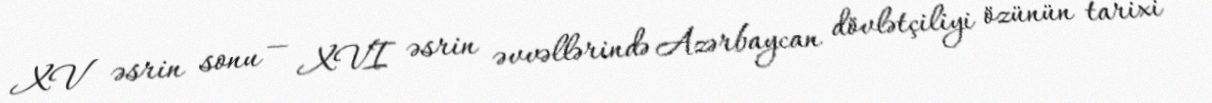
XV əsrin sonu — XVI əsrin əvvəllərində Azərbaycan dövlətçiliyi özünün tarixi